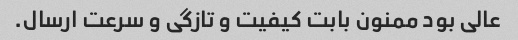
عالی بود ممنون بابت کیفیت و تازگی و سرعت ارسال.